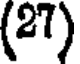
(27)